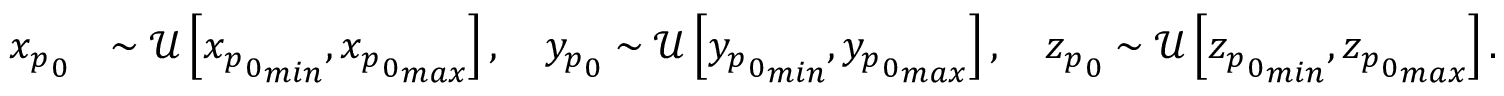
\begin{array} { r l } { { x _ { p } } _ { 0 } } & { \sim \mathcal { U } \left[ { { x _ { p } } _ { 0 } } _ { m i n } , { { x _ { p } } _ { 0 } } _ { m a x } \right] , \ \ \ { y _ { p } } _ { 0 } \sim \mathcal { U } \left[ { { y _ { p } } _ { 0 } } _ { m i n } , { { y _ { p } } _ { 0 } } _ { m a x } \right] , \ \ \ { z _ { p } } _ { 0 } \sim \mathcal { U } \left[ { { z _ { p } } _ { 0 } } _ { m i n } , { { z _ { p } } _ { 0 } } _ { m a x } \right] . } \end{array}